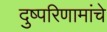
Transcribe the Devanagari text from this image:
दुष्परिणामांचे